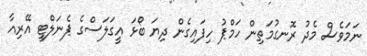
ނަމަވެސް މެދު ރޮނގުމަތިން ހަމްޕު ހިފައިގެން ދިޔަ ބޯޅަ އީގަލަސްގެ ޕެނަލްޓީ އޭރިއާ